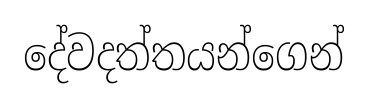
දේවදත්තයන්ගෙන්